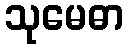
သုမေဓာ